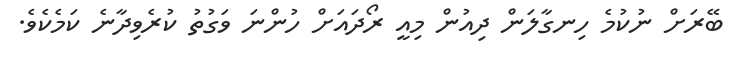
ބޭރަށް ނުކުމެ ހިނގާލަން ދިއުން މިއީ ރޯދައަށް ހުންނަ ވަގުތު ކުރެވިދާނެ ކަމެކެވެ.